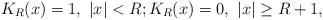
LaTeX: \begin{align*}K_R(x)=1,~|x|<R;K_R(x)=0,~|x|\ge R+1,\end{align*}